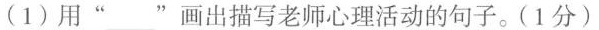
(1)用””画出描写老师心理活动的句子。(Ⅰ分)